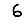
Digit: 6